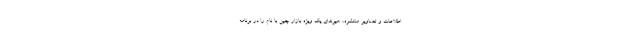
اطلاعات و تصاویر منتشره، هیوندای یک ویژه بازار چین با نام را در برنامه